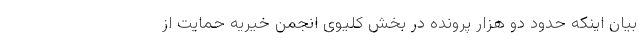
بیان اینکه حدود دو هزار پرونده در بخش کلیوی انجمن خیریه حمایت از